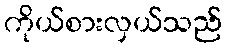
ကိုယ်စားလှယ်သည်